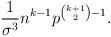
LaTeX: \begin{align*}\frac{1}{\sigma^3}n^{k-1}p^{\binom{k+1}{2}-1}.\end{align*}